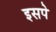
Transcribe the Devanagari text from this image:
इसपे